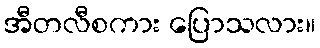
အီတလီစကား ပြောသလား။